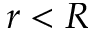
r < R